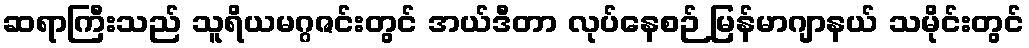
ဆရာကြီးသည် သူရိယမဂ္ဂဇင်းတွင် အယ်ဒီတာ လုပ်နေစဉ် မြန်မာဂျာနယ် သမိုင်းတွင်